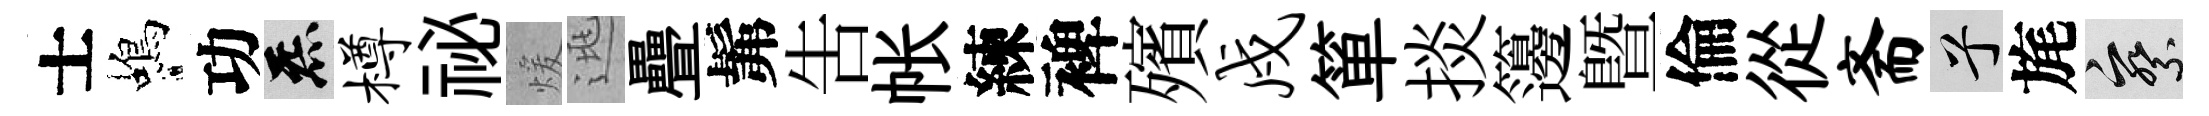
士蝎功炁樽祕煖逃疊髴告帐練裨殯戍箪掞籩暨倫從斋兮旄察